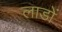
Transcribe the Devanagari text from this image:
लाडों